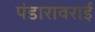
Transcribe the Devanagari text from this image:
पंडारावराई